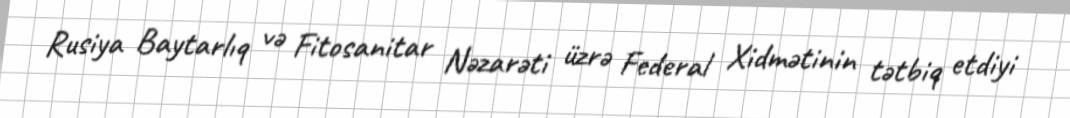
Rusiya Baytarlıq və Fitosanitar Nəzarəti üzrə Federal Xidmətinin tətbiq etdiyi